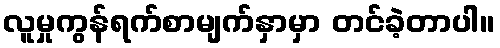
လူမှုကွန်ရက်စာမျက်နှာမှာ တင်ခဲ့တာပါ။